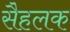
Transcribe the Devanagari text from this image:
सैहलक